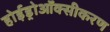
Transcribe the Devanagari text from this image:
होईड्रोऑक्सीकरण